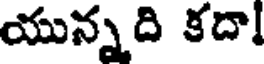
యున్నది కదా!